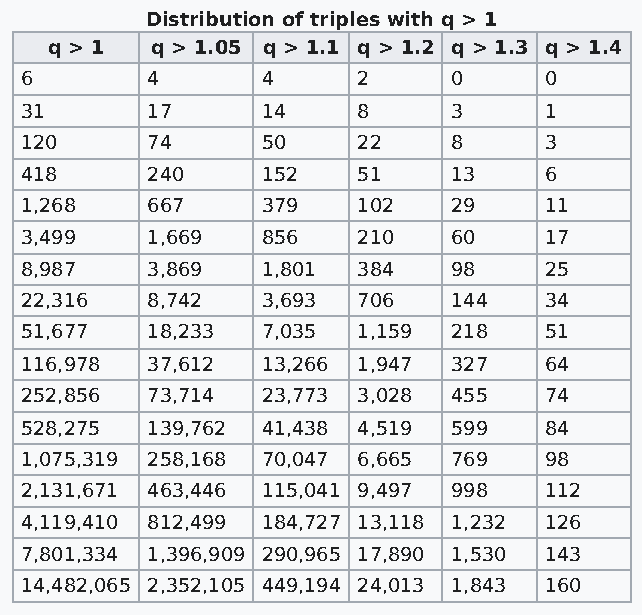
Distribution of triples with q > 1
 q > 1  q > 1.05 q > 1.1 q > 1.2 q > 1.3 q > 1.4
 6        4      4      2     0     0
 31       17     14     8     3     1
 120      74     50     22    8     3
 418      240    152    51    13    6
 1,268    667    379    102   29    11
 3,499    1,669  856    210   60    17
 8,987    3,869  1,801  384   98    25
 22,316   8,742  3,693  706   144   34
 51,677   18,233 7,035  1,159 218   51
 116,978  37,612 13,266 1,947 327   64
 252,856  73,714 23,773 3,028 455   74
 528,275  139,762 41,438 4,519 599  84
 1,075,319 258,168 70,047 6,665 769 98
 2,131,671 463,446 115,041 9,497 998 112
 4,119,410 812,499 184,727 13,118 1,232 126
 7,801,334 1,396,909 290,965 17,890 1,530 143
 14,482,065 2,352,105 449,194 24,013 1,843 160